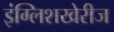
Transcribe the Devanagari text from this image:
इंग्लिशखेरीज